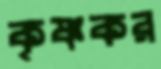
কৃষ্ণকর